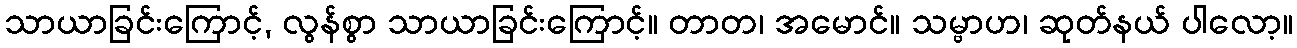
သာယာခြင်းကြောင့်, လွန်စွာ သာယာခြင်းကြောင့်။ တာတ၊ အမောင်။ သမ္ဗာဟ၊ ဆုတ်နယ် ပါလော့။